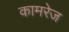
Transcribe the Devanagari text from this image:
कामरेज